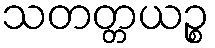
သတတ္တယဉ္စ